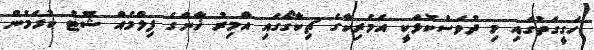
ހަގީގަތުގައި މި ދުވަސްކޮޅަކީ އެމެރިކާގެ ޗިކާގޯގައި އާމިރު ޚާންގެ ފިލްމެއް ޝޫޓު ކުރަމުން